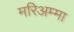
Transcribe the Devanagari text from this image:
मरिअम्मा